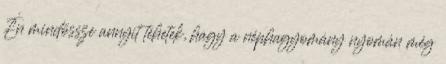
Én mindössze annyit tehetek, hagy a néphagyomány nyomán még